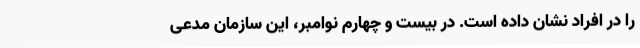
را در افراد نشان داده است. در بیست و چهارم نوامبر، این سازمان مدعی